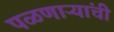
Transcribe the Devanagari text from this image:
पळणाऱ्यांची